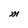
Character: M